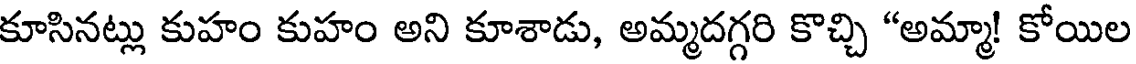
కూసినట్లు కుహం కుహం అని కూశాడు, అమ్మదగ్గరి కొచ్చి "అమ్మా! కోయిల